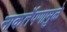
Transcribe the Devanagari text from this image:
नाकर्तेपणामुळे